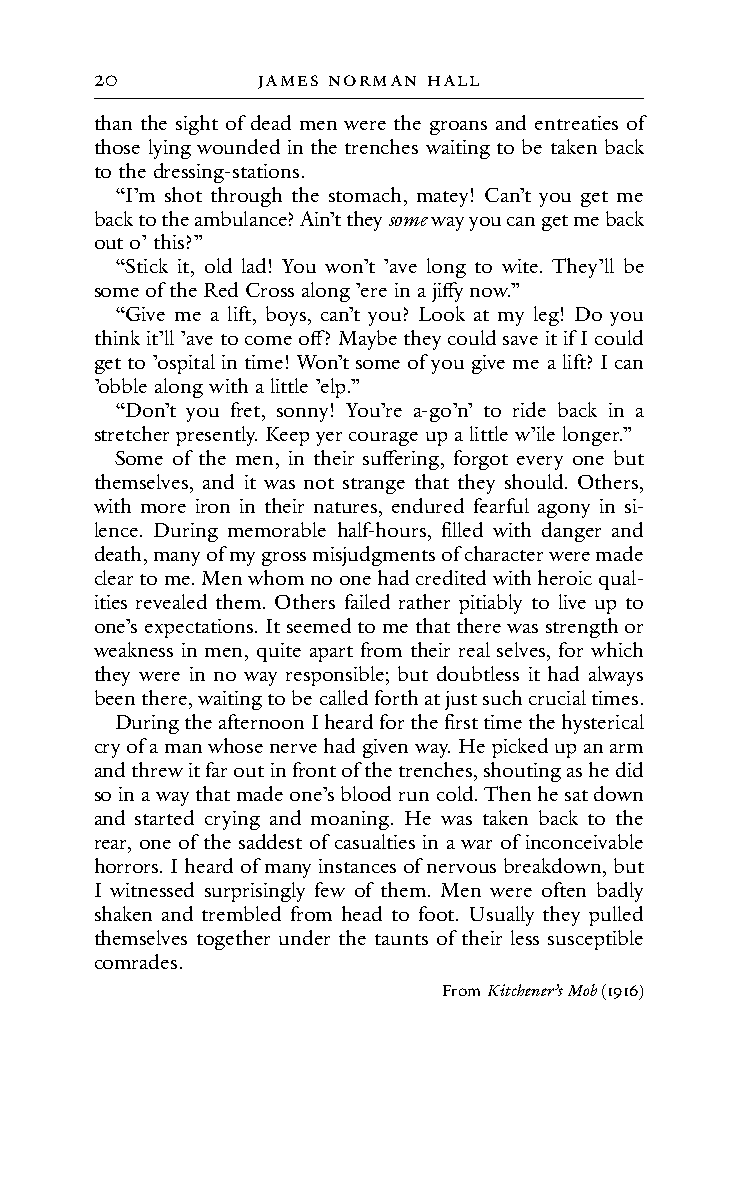
20         JAMes noRMAn HALL
 than the sight of dead men were the groans and entreaties of
 those lying wounded in the trenches waiting to be taken back
 to the dressing-stations.
 “I’m shot through the stomach, matey! Can’t you get me
 back to the ambulance? Ain’t they some way you can get me back
 out o’ this?”
 “Stick it, old lad! You won’t ’ave long to wite. They’ll be
 some of the Red Cross along ’ere in a jiffy now.”
 “Give me a lift, boys, can’t you? Look at my leg! Do you
 think it’ll ’ave to come off? Maybe they could save it if I could
 get to ’ospital in time! Won’t some of you give me a lift? I can
 ’obble along with a little ’elp.”
 “Don’t you fret, sonny! You’re a-go’n’ to ride back in a
 stretcher presently. Keep yer courage up a little w’ile longer.”
 Some of the men, in their suffering, forgot every one but
 themselves, and it was not strange that they should. Others,
 with more iron in their natures, endured fearful agony in si-
 lence. During memorable half-hours, filled with danger and
 death, many of my gross misjudgments of character were made
 clear to me. Men whom no one had credited with heroic qual-
 ities revealed them. Others failed rather pitiably to live up to
 one’s expectations. It seemed to me that there was strength or
 weakness in men, quite apart from their real selves, for which
 they were in no way responsible; but doubtless it had always
 been there, waiting to be called forth at just such crucial times.
 During the afternoon I heard for the first time the hysterical
 cry of a man whose nerve had given way. He picked up an arm
 and threw it far out in front of the trenches, shouting as he did
 so in a way that made one’s blood run cold. Then he sat down
 and started crying and moaning. He was taken back to the
 rear, one of the saddest of casualties in a war of inconceivable
 horrors. I heard of many instances of nervous breakdown, but
 I witnessed surprisingly few of them. Men were often badly
 shaken and trembled from head to foot. Usually they pulled
 themselves together under the taunts of their less susceptible
 comrades.
 From Kitchener’s Mob (1916)